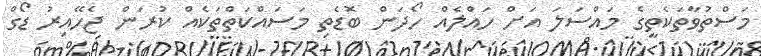
މަސްތުވާތަކެތީގެ މައްސަލަ އަށް ހައްލެއް ހޯދަން ބޮޑެތި މަސައްކަތްތަކެއް ކުރަން ޖެހޭއިރު ޑޯގް